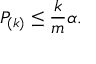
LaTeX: P _ { ( k ) } \leq { \frac { k } { m } } \alpha .